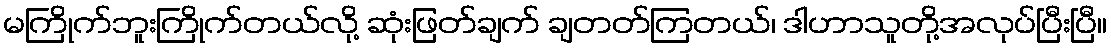
မကြိုက်ဘူးကြိုက်တယ်လို့ ဆုံးဖြတ်ချက် ချတတ်ကြတယ်၊ ဒါဟာသူတို့အလုပ်ပြီးပြီ။